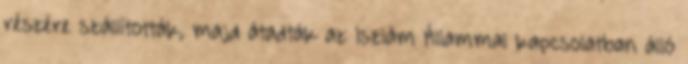
részére szállították, majd átadták az Iszlám Állammal kapcsolatban álló